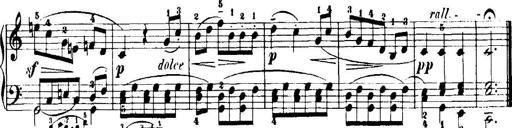
Title: 7 Sonatinas
Composer: Anton Diabelli